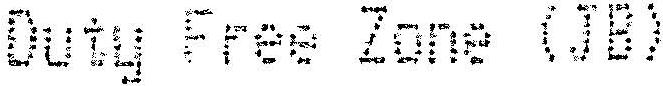
DUTY FREE ZONE (JB)